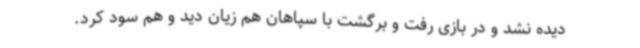
دیده نشد و در بازی رفت و برگشت با سپاهان هم زیان دید و هم سود کرد.